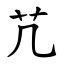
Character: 芁